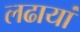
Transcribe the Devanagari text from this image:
लढायां